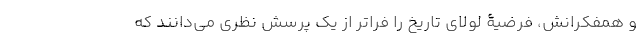
و همفکرانش، فرضیۀ لولای تاریخ را فراتر از یک پرسش نظری می‌دانند که